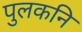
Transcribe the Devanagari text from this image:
पुलकनि